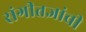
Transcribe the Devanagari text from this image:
संगीतज्ञांची